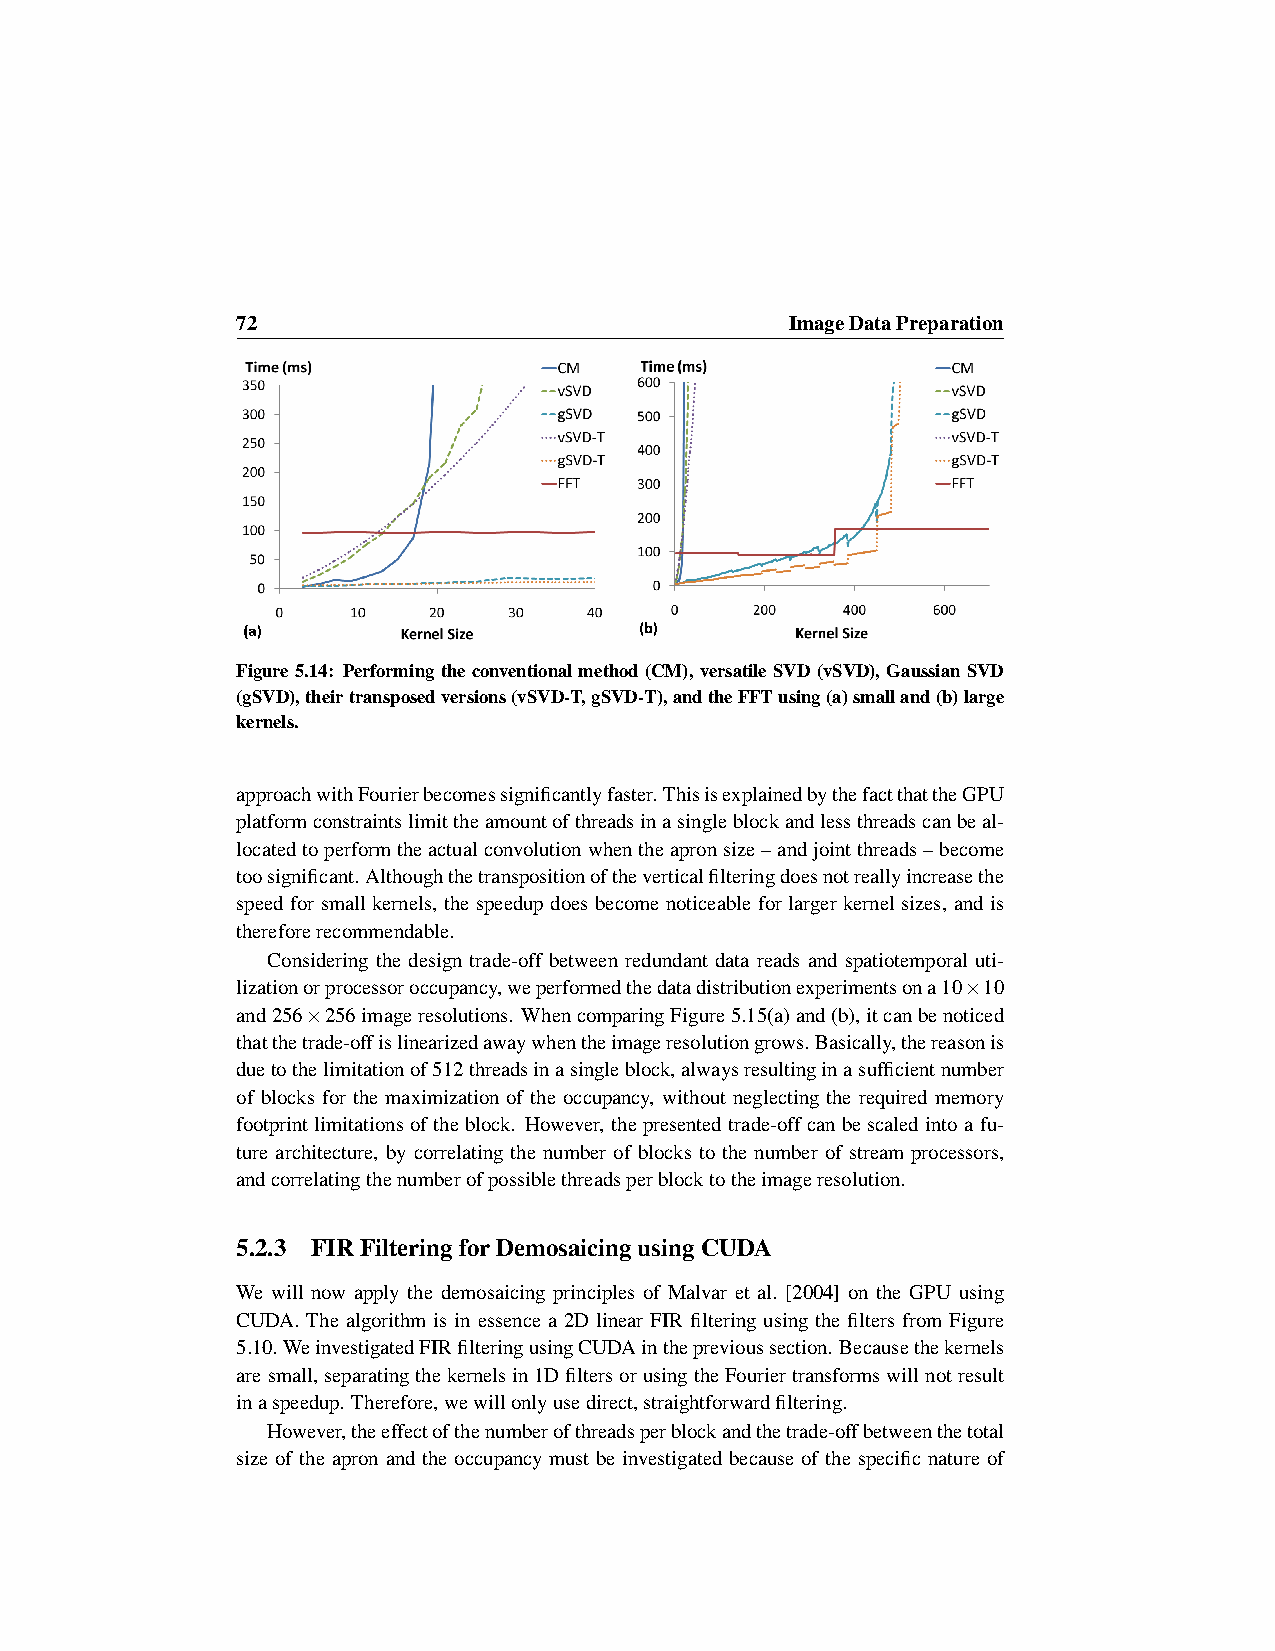
72                                  ImageDataPreparation
 Figure5.14: Performingtheconventionalmethod(CM),versatileSVD(vSVD),GaussianSVD
 (gSVD),theirtransposedversions(vSVD-T,gSVD-T),andtheFFTusing(a)smalland(b)large
 kernels.
 approachwithFourierbecomessignificantlyfaster.ThisisexplainedbythefactthattheGPU
 platformconstraintslimittheamountofthreadsinasingleblockandlessthreadscanbeal-
 locatedtoperformtheactualconvolutionwhentheapronsize–andjointthreads–become
 toosignificant. Althoughthetranspositionoftheverticalfilteringdoesnotreallyincreasethe
 speed for small kernels, the speedup does become noticeable for larger kernel sizes, and is
 thereforerecommendable.
 Considering the design trade-off between redundant data reads and spatiotemporal uti-
 lizationorprocessoroccupancy,weperformedthedatadistributionexperimentsona10×10
 and256×256imageresolutions. WhencomparingFigure5.15(a)and(b),itcanbenoticed
 thatthetrade-offislinearizedawaywhentheimageresolutiongrows.Basically,thereasonis
 duetothelimitationof512threadsinasingleblock,alwaysresultinginasufficientnumber
 of blocks for the maximization of the occupancy, without neglecting the required memory
 footprintlimitationsoftheblock. However, thepresentedtrade-offcanbescaledintoafu-
 ture architecture, by correlating the number of blocks to the number of stream processors,
 andcorrelatingthenumberofpossiblethreadsperblocktotheimageresolution.
 5.2.3 FIRFilteringforDemosaicingusingCUDA
 We will now apply the demosaicing principles of Malvar et al. [2004] on the GPU using
 CUDA. The algorithm is in essence a 2D linear FIR filtering using the filters from Figure
 5.10. WeinvestigatedFIRfilteringusingCUDAintheprevioussection. Becausethekernels
 aresmall, separatingthekernelsin1DfiltersorusingtheFouriertransformswillnotresult
 inaspeedup. Therefore,wewillonlyusedirect,straightforwardfiltering.
 However,theeffectofthenumberofthreadsperblockandthetrade-offbetweenthetotal
 size of the apron and the occupancy must be investigated because of the specific nature of